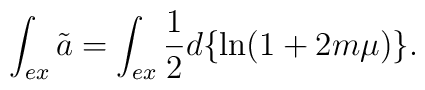
\int_{ex}\tilde{a}=\int_{ex}\frac{1}{2}d\{\ln (1+2m\mu )\}.